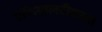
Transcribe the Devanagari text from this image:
एफियालटीसच्या